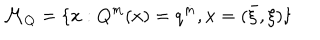
{ \cal M } _ { Q } = \{ x : Q ^ { m } ( x ) = q ^ { m } , x = ( \bar { \xi } , \xi ) \}